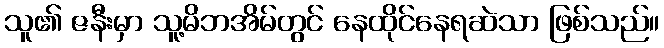
သူ၏ ဇနီးမှာ သူ့မိဘအိမ်တွင် နေထိုင်နေရဆဲသာ ဖြစ်သည်။